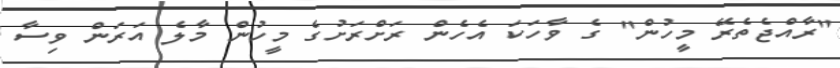
"ރާއްޖެތެރޭ މީހުން" ގެ ވާހަކަ އެހެން ރަށްރަށުގެ މީހުން މާލެ އަރަން ވިސާ